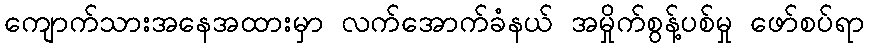
ကျောက်သားအနေအထားမှာ လက်အောက်ခံနယ် အမှိုက်စွန့်ပစ်မှု ဖော်စပ်ရာ